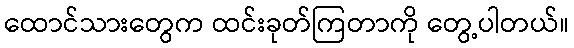
ထောင်သားတွေက ထင်းခုတ်ကြတာကို တွေ့ပါတယ်။